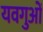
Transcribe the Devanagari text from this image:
यवगुओं